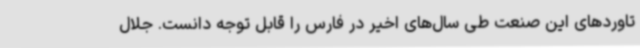
تاوردهای این صنعت طی سال‌های اخیر در فارس را قابل توجه دانست. جلال